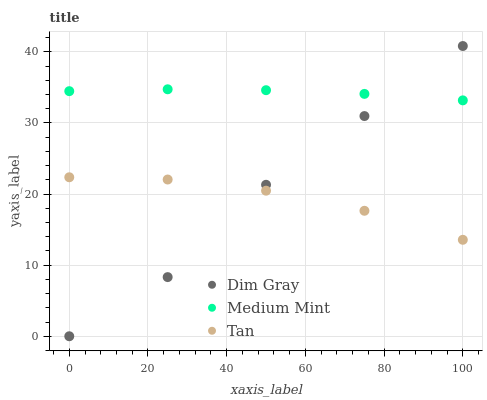
| xaxis_label | Dim Gray | Medium Mint | Tan |
 | --- | --- | --- | --- |
 | 0 | 0 | 34.5 | 22.4 |
 | 25 | 8.32 | 34.7 | 22 |
 | 50 | 21.3 | 34.6 | 20.5 |
 | 75 | 31 | 34.1 | 17.6 |
 | 100 | 40.8 | 33.2 | 13.6 |